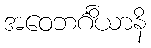
အဝေဘင်္ဂိယာနိ